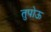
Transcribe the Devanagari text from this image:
तुपोऊ